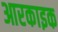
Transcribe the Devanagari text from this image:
आरकाइक